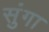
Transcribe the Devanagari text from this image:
सुंगा